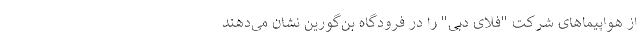
از هواپیماهای شرکت "فلای دبی‌" را در فرودگاه بن‌گورین نشان می‌دهند